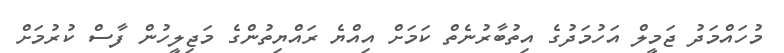
މުހައްމަދު ޖަމީލް އަހުމަދުގެ އިތުބާރުނެތް ކަމަށް އިއްޔެ ރައްޔިތުންގެ މަޖިލީހުން ފާސް ކުރުމަށް